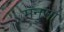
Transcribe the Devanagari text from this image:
मनुसा